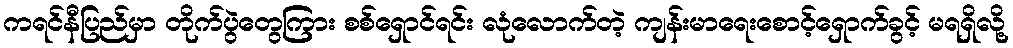
ကရင်နီပြည်မှာ တိုက်ပွဲတွေကြား စစ်ရှောင်ရင်း လုံလောက်တဲ့ ကျန်းမာရေးစောင့်ရှောက်ခွင့် မရရှိလို့